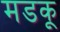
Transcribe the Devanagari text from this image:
मडकू